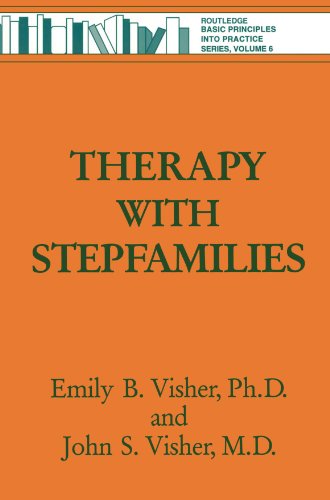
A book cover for Therapy with Stepfamilies (Brunner/Mazel Basic Principles Into Practice Series); Emily B. Visher; Parenting & Relationships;